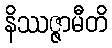
နိဿဇ္ဇာမီတိ